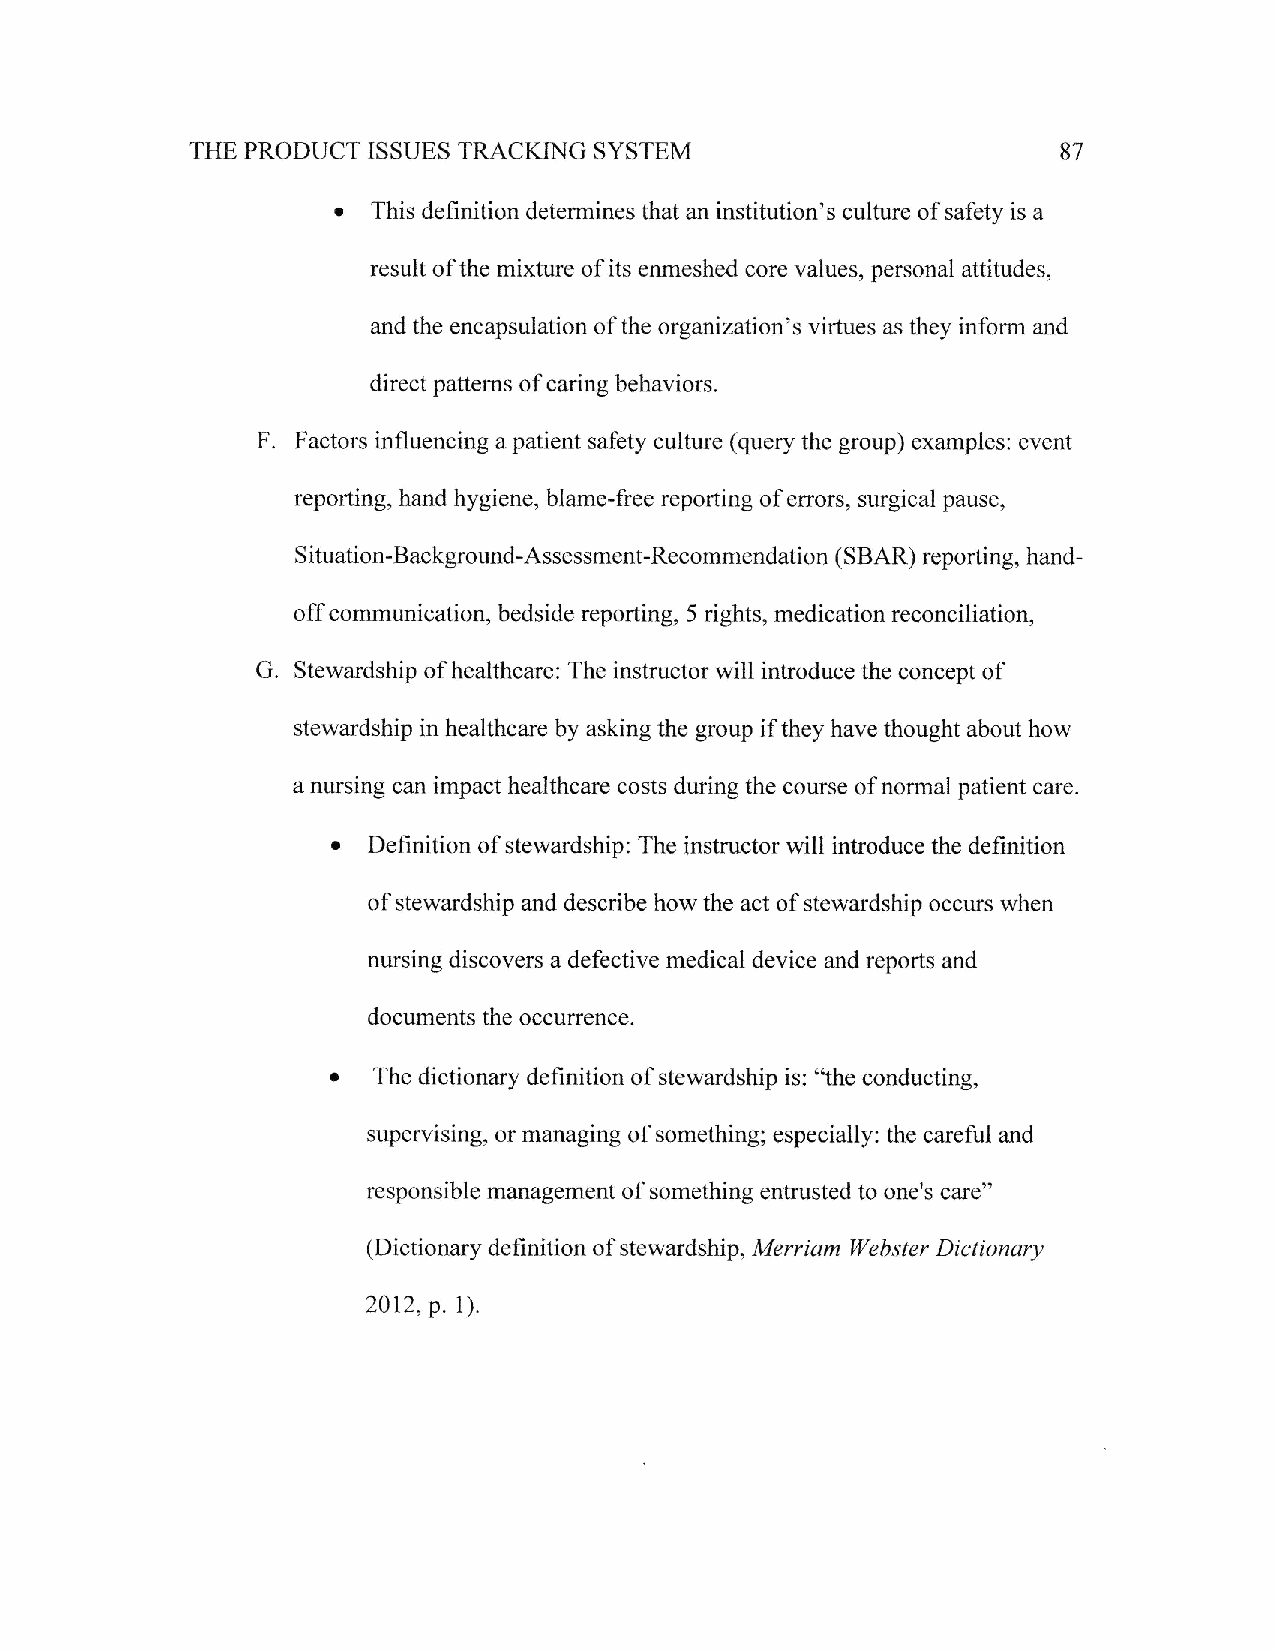
THE PRODUCT ISSUES TRACKTNG SYSTEM                       87
 e
 This definition determines that an instifution's culture of safety is a
 result of the mixture of its enmeshed core values, personal attitudes,
 and the encapsulation of the organization's virtues as they inform and
 direct patterns of caring behaviors.
 F.
 Factors influencing a patient safety culture (query the group) examples: event
 reporting, hand hygiene, blame-free reporting of errors, surgical pause,
 Situation-Background-Assessrnent-Recommendation (SBAR) reporting, hand-
 off communication, bedside reporting, 5 rights, medication reconciliation,
 G. Stewardship of healthsare: The instructor will introduce the concept of
 stewardship in healthcare by asking the group if they have thought about how
 a nursing can impact healthcare costs during the course of normal patient care.
 t
 Definition of stewardship: The instructor will introduce the definition
 of stewardship and describe how the act of stewardship occurs when
 nursing discovers a defective medical device and reports and
 documents the occurrence.
 .
 The dictionary definition of stewardship is: 'othe conducting,
 supervising, or managing of something; especially: the careful and
 responsible management of something entrusted to one's care"
 (Dictionary definition of stewardship, Meruiam Webster Dictionary
 2012,p. 1).